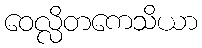
ဝေလ္လိတကေသိယာ